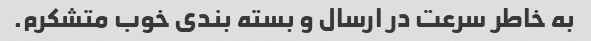
به خاطر سرعت در ارسال و بسته بندی خوب متشکرم.